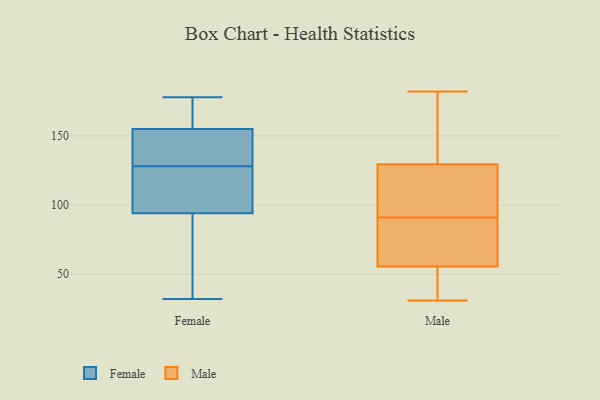
{"axis": {"x": "Budget (USD K)", "y": "Value"}, "legend": ["Female", "Male"], "data": [{"x": "", "y": 137, "type": "Female"}, {"x": "", "y": 168, "type": "Female"}, {"x": "", "y": 111, "type": "Female"}, {"x": "", "y": 154, "type": "Female"}, {"x": "", "y": 94, "type": "Female"}, {"x": "", "y": 119, "type": "Female"}, {"x": "", "y": 32, "type": "Female"}, {"x": "", "y": 178, "type": "Female"}, {"x": "", "y": 165, "type": "Female"}, {"x": "", "y": 49, "type": "Female"}, {"x": "", "y": 155, "type": "Female"}, {"x": "", "y": 150, "type": "Female"}, {"x": "", "y": 77, "type": "Female"}, {"x": "", "y": 115, "type": "Female"}, {"x": "", "y": 182, "type": "Male"}, {"x": "", "y": 103, "type": "Male"}, {"x": "", "y": 51, "type": "Male"}, {"x": "", "y": 60, "type": "Male"}, {"x": "", "y": 130, "type": "Male"}, {"x": "", "y": 47, "type": "Male"}, {"x": "", "y": 152, "type": "Male"}, {"x": "", "y": 79, "type": "Male"}, {"x": "", "y": 182, "type": "Male"}, {"x": "", "y": 77, "type": "Male"}, {"x": "", "y": 128, "type": "Male"}, {"x": "", "y": 54, "type": "Male"}, {"x": "", "y": 71, "type": "Male"}, {"x": "", "y": 31, "type": "Male"}, {"x": "", "y": 91, "type": "Male"}, {"x": "", "y": 100, "type": "Male"}, {"x": "", "y": 120, "type": "Male"}, {"x": "", "y": 138, "type": "Male"}, {"x": "", "y": 36, "type": "Male"}]}